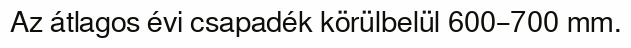
Az átlagos évi csapadék körülbelül 600–700 mm.